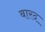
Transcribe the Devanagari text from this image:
बारद